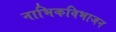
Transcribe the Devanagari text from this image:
नाभिकविभाजन